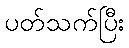
ပတ်သက်ပြီး